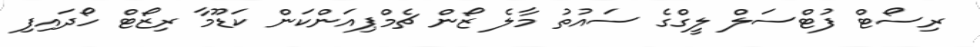
ރިސޯޓް ފުޓްސަލް ލީގްގެ ސައުތު މާލެ ޒޯން ޗެމްޕިއަންކަން ކަޑޫމާ ރިޒޯޓް ހޯދައިފި